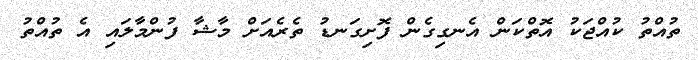
ތުއްތު ކުއްޖަކު އޮތްކަން އެނގިގެން ފޮށިގަނޑު ތެރެއަށް މާޝާ ފުންމާލައި އެ ތުއްތު